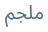
ملجم